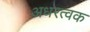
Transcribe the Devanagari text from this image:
अधरत्वक